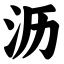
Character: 沥